Report of the Indian Hemp Drugs Commission, 1894-1895 - Volume VII
Year: 1894
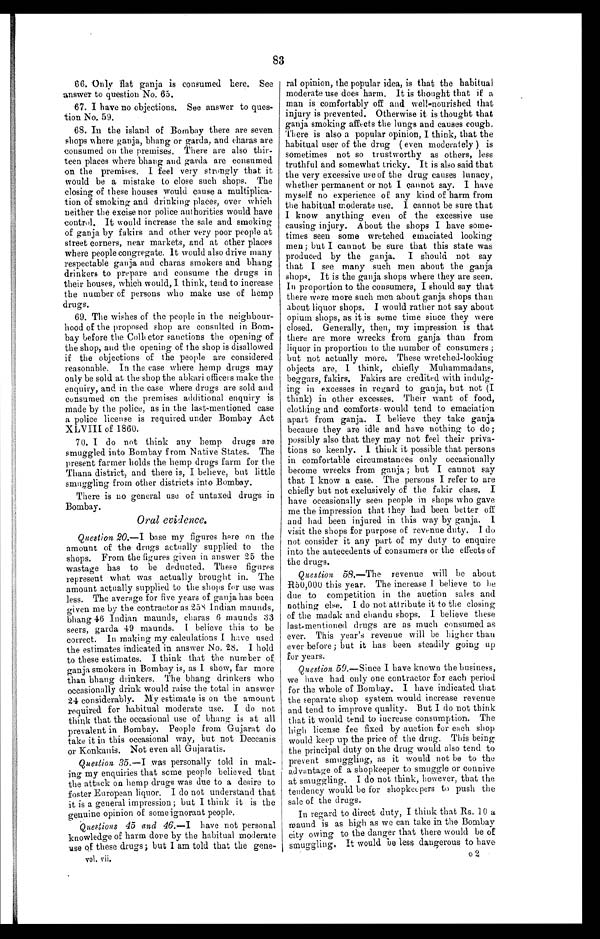
83
66.Only flat ganja is consumed here. See
answer to question No. 65
.
67. I have no objections. See answer to que
s-tion No. 59.
68. In the island of Bombay there are seven
shops where ganja., bhang or garda, and charas are
consumed on the premises. There are also thir
-
teen places where bhang and garda are consumed
on the premises. I feel very strongly that it
would be a mistake to close such shops. The
closing of these houses would cause a multiplica
-
tion of smoking and drinking places, over which
neither the excise nor police authorities would have
control. It would increase the sale and smoking
of ganja by fakirs and other very poor people at
street corners, near markets, and at other places
where people congregate. It would also drive many
respectable ganja and charas smokers and bhang
drinkers to prepare and consume the drugs in
their houses, which would, I think, tend to increase
the number of persons who make use of hemp
drugs.
69. The wishes of the people in the neighbour
-
hood of the proposed shop are consulted in Bom
-
bay before the Collector sanctions the opening of
the shop, and the opening of the shop is disallowed
if the objections of the people are considered
reasonable. In the case where hemp drugs may
only be sold at the shop the abkari officers make the
enquiry, and in the case where drugs are sold and
consumed on the premises additional enquiry is
made by the police, as in the last-mentioned case
a police license is required under Bombay Act
XLVIII of 1860.
70. I do not think any hemp drugs are
smuggled into Bombay from Native States. The
present farmer holds the hemp drugs farm for the
Thana district, and there is, I believe, but little
smuggling from other districts into Bombay.
There is no general use of untaxed drugs in
Bombay.
Oral evidence.
Question 20.—I base my figures here on the
amount of the drugs actually supplied to the
shops. From the figures given in answer 25 the
wastage has to be deducted. These figures
represent what was actually brought in. The
amount actually supplied to the shops for use was
less. The average for five years of ganja has been
given me by the contractor as 258 Indian maunds,
hang 46 Indian maunds, charas 6 maunds 33
seers, garda 49 maunds. I believe this to be
correct. In making my calculations I have used
the estimates indicated in answer No. 28. I hold
to these estimates. I think that the number of,
ganja smokers in Bombay is, as I show, far more
than bhang drinkers. The bhang drinkers who
occasionally drink would raise the total in answer
24 considerably. My estimate is on the amount
required for habitual moderate use. I do not
think that the occasional use of bhang is at all
prevalent in Bombay. People from Gujarat do
take it in this occasional way, but not Deccanis
or Konkanis. Not even all Gujaratis.
Question. 35.—I was personally told in mak
-
ing my enquiries that some people believed that
the attack on hemp drugs was due to a desire to
foster European liquor. I do not understand that
it is a general impression; but I think it is the
genuine opinion of some ignorant people.
Questions 45 and 46.—I have not personal
knowledge of harm done by the habitual moderate
use of these drugs; but I am told that the gene
-
vol. vii.
ral opinion, the popular idea, is that the habitual
moderate use does harm. It is thought that if a
man is comfortably off and well-nourished that
injury is prevented. Otherwise it is thought that
ganja smoking affects the lungs and causes cough.
There is also a popular opinion, I think, that the
habitual user of the drug ( even moderately ) is
sometimes not so trustworthy as others, less
truthful and somewhat tricky. It is also said that
the very excessive use of the drug causes lunacy,
whether permanent or not I cannot say. I have
myself no experience of any kind of harm from
the habitual moderate use. I cannot be sure that
I know anything even of the excessive use
causing injury. about the shops I have some-
times seen some wretched emaciated looking
men; but I cannot be sure that this state was
produced by the ganja. I should not say
that I see many such men about the ganja
shops. It is the ganja shops where they are seen.
In proportion to the consumers, I should say that
there were more such men about ganja shops than
about liquor shops. I would rather not say about
opium shops, as it is some time since they were
closed. Generally, then, my impression is that
there are more wrecks from ganja than from
liquor in proportion to the number of consumers ;
but not actually more. These wretched-looking
objects are, I think, chiefly Muhammadans,
beggars, fakirs. Fakirs are credited with indulg
-
ing in excesses in regard to ganja, but not (I
think) in other excesses. Their want of food,
clothing and comforts. would tend to emaciation
apart from ganja. I believe they take ganja
because they are idle and have nothing to do;
possibly also that they may not feel their priva-
tions so keenly. I think it possible that persons
in comfortable circumstances only occasionally
become wrecks from ganja ; but I cannot say
that I know a case. The persons I refer to are
chiefly but not exclusively of the fakir class. I
have occasionally seen people in shops who gave
me the impression that they had been better off
and had been injured in this way by ganja. I
visit the shops for purpose of revenue duty. I do
not consider it any part of my duty to enquire
into the antecedents of consumers or the effects of
the drugs.
Question 58.—The revenue will he about
R50,000 this year. The increase I believe to be
due to competition in the auction sales and
nothing else. I do not attribute it to the closing
of the madak and chandu shops. I believe these
last-mentioned drugs are as much consumed as
ever. This year's revenue will be higher than
ever before ; but it has been steadily going up
for years.
Question 59.—Since I have known the business,
we have had only one contractor for each period
for the whole of Bombay. I have indicated that
the separate shop system would increase revenue
and tend to improve quality. But I do not think
that it would tend to increase consumption. The
high license fee fixed by auction for each shop
would keep up the price of the drug. This being
the principal duty on the drug would also tend to
prevent smuggling, as it would not be to the
advantage of a shopkeeper to smuggle or connive
at smuggling. I do not think, however, that the
tendency would be for shopkeepers to push the
sale of the drugs.
In regard to direct duty, I think that Rs. 10 a
maund is as high as we can take in the Bombay
city owing to the danger that there would be of
smuggling, It would be less dangerous to have
o2